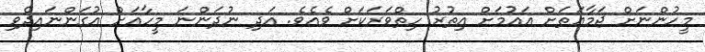
މީހުންނަށް ޖަމާޢަތަށް އައުމަށް އިތުރު ހިތްވަރަކަށް ވެއެވެ. އަދި ނުދަންނަ މީހާއަށް އުގަންނައިދެވި